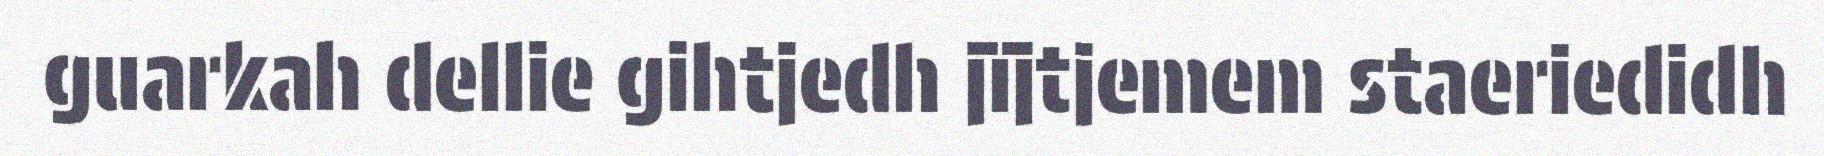
guarkah dellie gihtjedh jïjtjemem staeriedidh